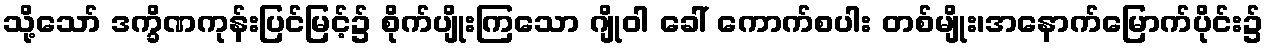
သို့သော် ဒက္ခိဏကုန်းပြင်မြင့်၌ စိုက်ပျိုးကြသော ဂျိုဝါ ခေါ် ကောက်စပါး တစ်မျိုး၊အနောက်မြောက်ပိုင်း၌